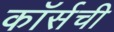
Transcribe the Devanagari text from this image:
कॉर्सची